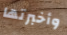
وأخبرتها